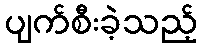
ပျက်စီးခဲ့သည့်